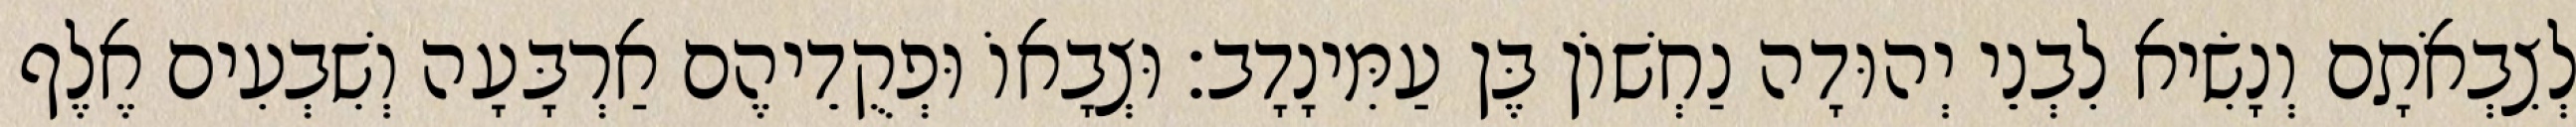
לְצִבְאֹתָם וְנָשִׂיא לִבְנֵי יְהוּדָה נַחְשׁוֹן בֶּן עַמִּינָדָב׃ וּצְבָאוֹ וּפְקֻדֵיהֶם אַרְבָּעָה וְשִׁבְעִים אֶלֶף